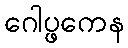
ဂေါပ္ဖကေန